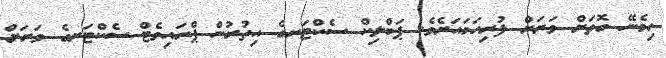
ހިމެނޭ ގޮތަށް ވަރަށް ފުރިހަމައަށެވެ. ޕަބްލިކް ސެކްޓަރގެ އިތުރުން ޕްރައިވެޓް ސެކްޓަރގެ ވަރަށް